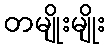
တမျိုးမျိုး